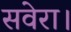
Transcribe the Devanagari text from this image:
सवेरा।